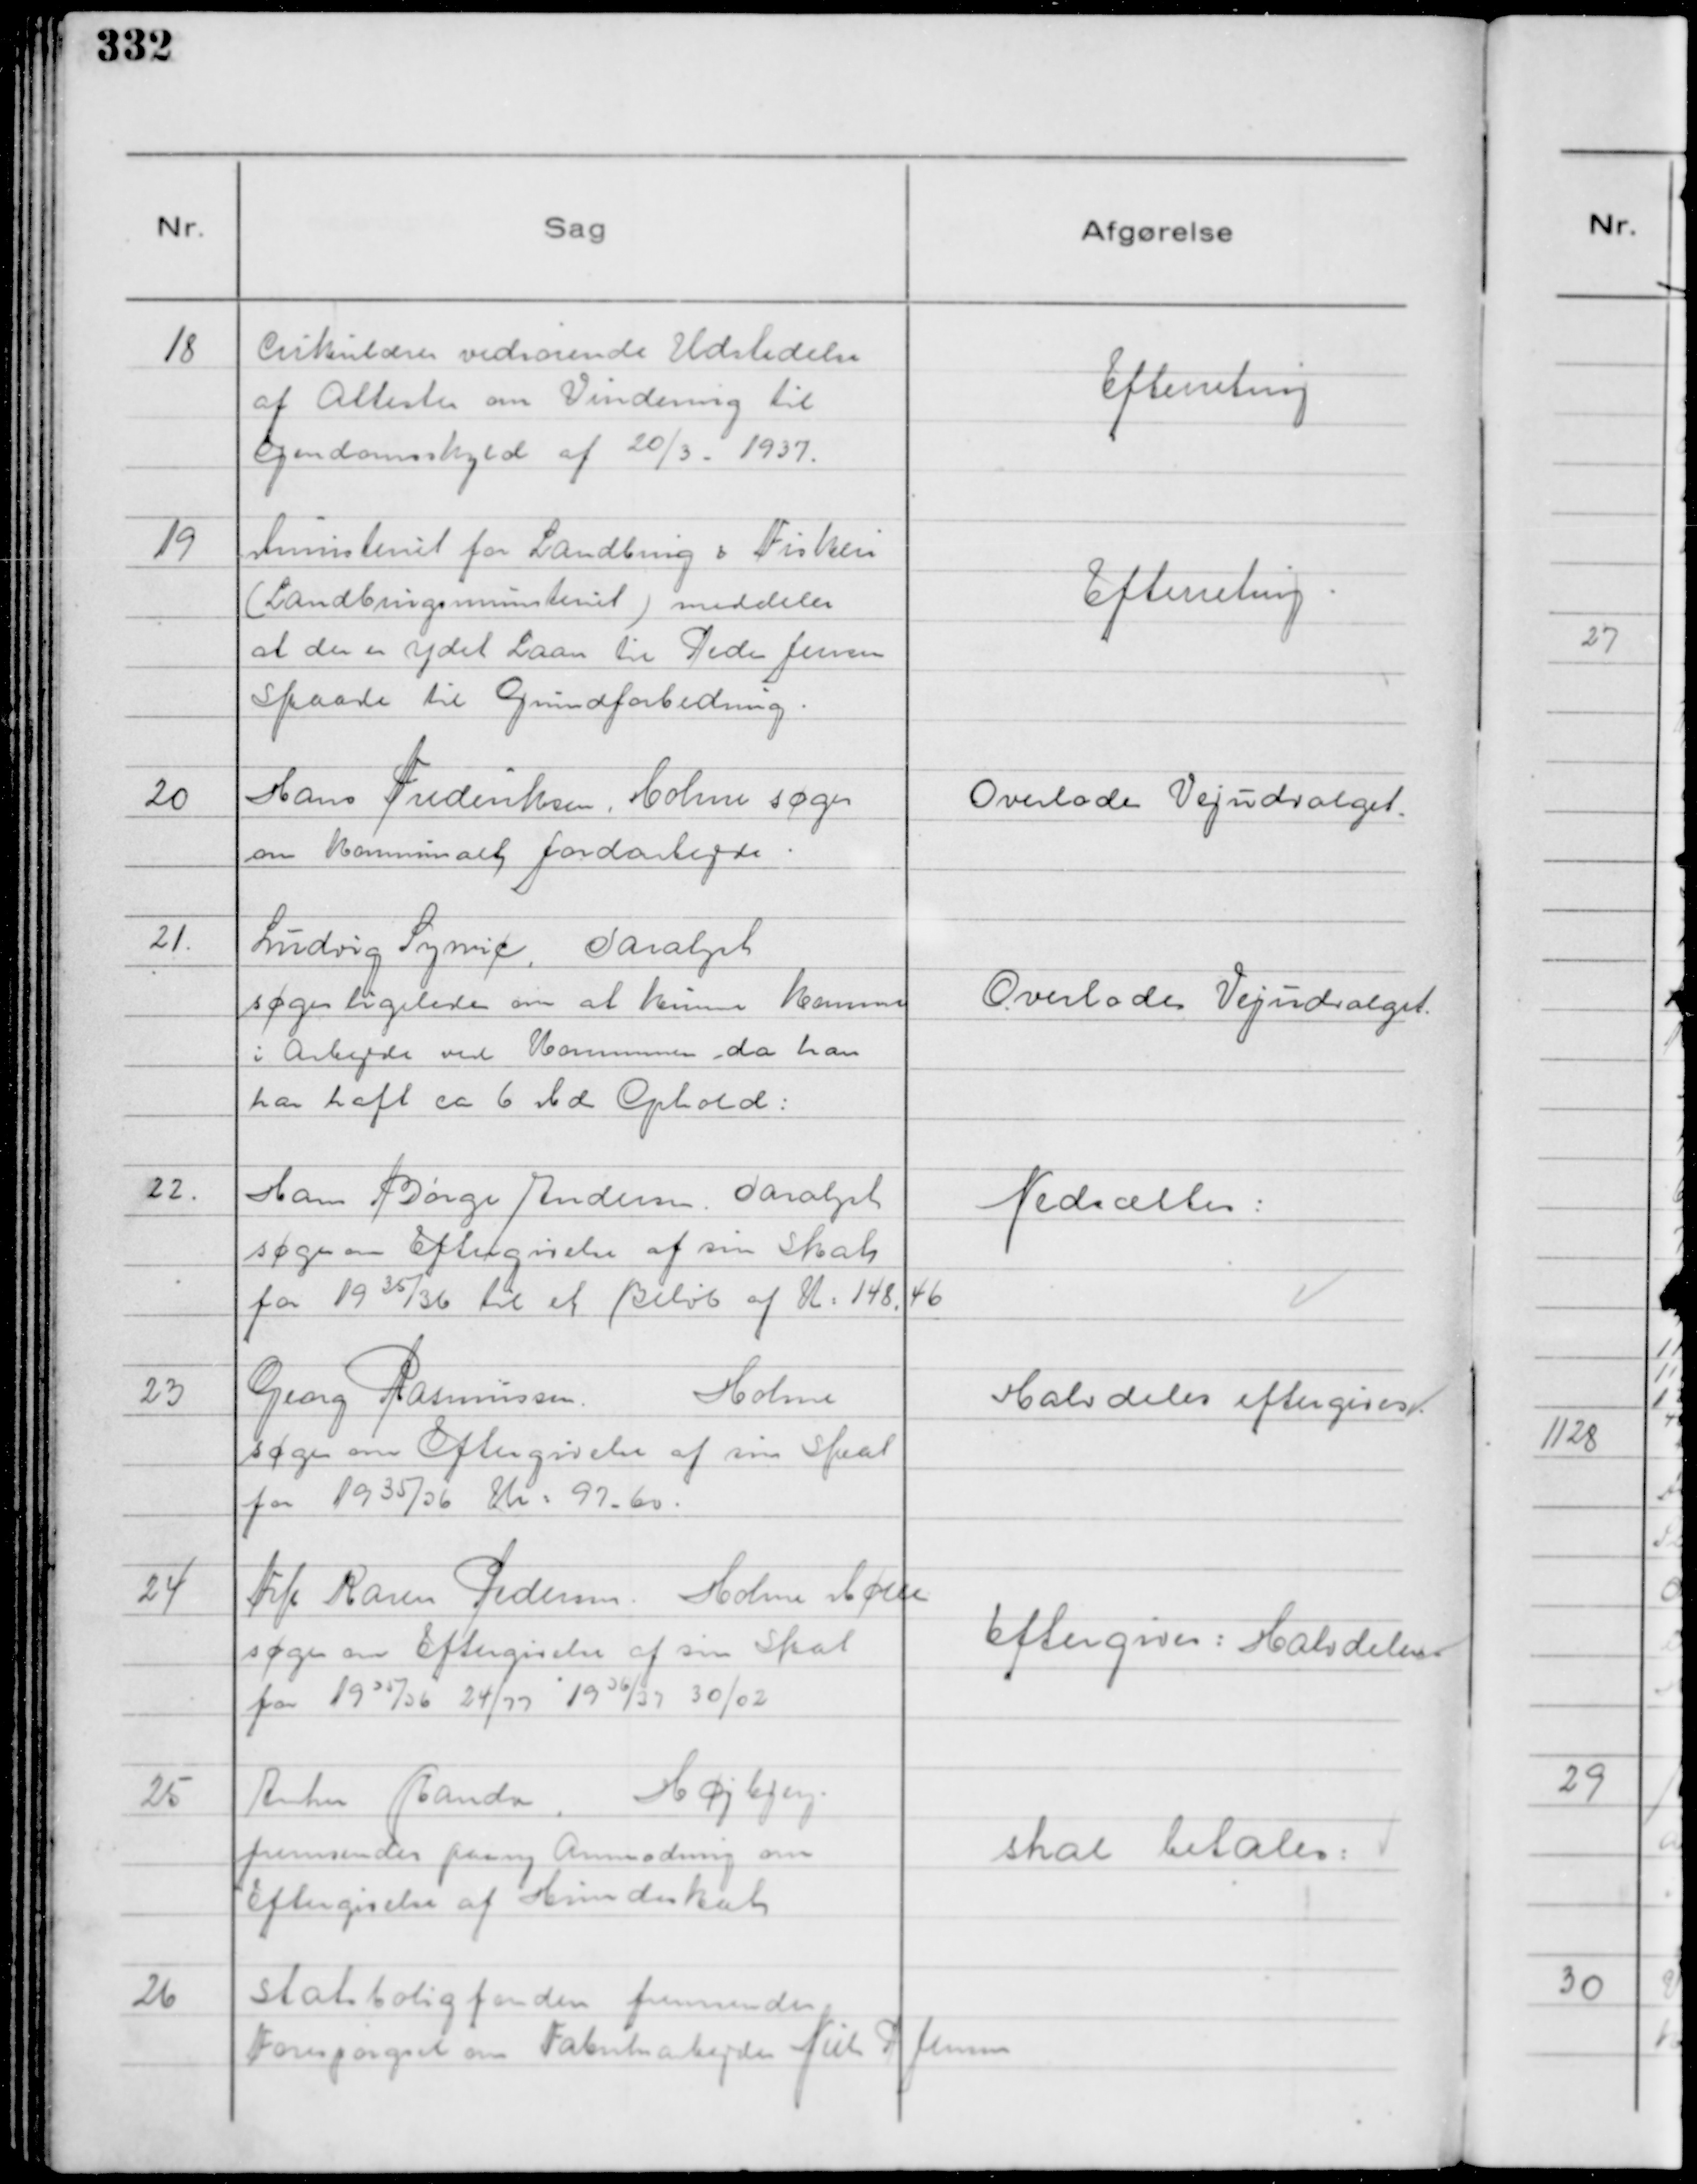
Transskription:
18
Cirkulærer vedrørende Udstedelse
af Attester om Vurdering til
Ejendomsskyld af 20/3 - 1937.

Efterretning

19
Ministeriet for Landbrug & Fiskeri
( Landbrugsministeriet ) meddeler
at der er ydet Laan til Peder Jensen
Skaade til Grundforbedring.

Efterretning.

20
Hans Frederiksen Holme søger
om kommunalt Jordarbejde.

Overlodes Vejudvalget.

21.
Ludvig Synuc, Saralyst
søger ligeledes om at kunne komme
i Arbejde ved Kommunen da han
har haft ca 6 Md Ophold:

Overlodes Vejudvalget.

22.
Hans Børge Andersen. Saralyst
søger om Eftergivelse af sin Skat
for 19 35/36 til et Beløb af K: 148,46

Nedsættes:

23
Georg Rasmussen
Holme
søger om Eftergivelse af sin Skat
for 19 35/36 Kr: 97,60.

Halvdelen eftergives.

24
Frk Karen Pedersen Holme Mølle
søger om Eftergivelse af sin Skat
for 1935/35

/36 24/77
1936/37
30/02

Eftergives: Halvdelen.

25
Anton Randa, Højbjerg.
fremsender paany Anmodning om
Eftergivelse af Hundeskat

skal betales:

26
Statsboligfonden fremsender
Forespørgsel om Fabriksarbejder Niels P Jensen